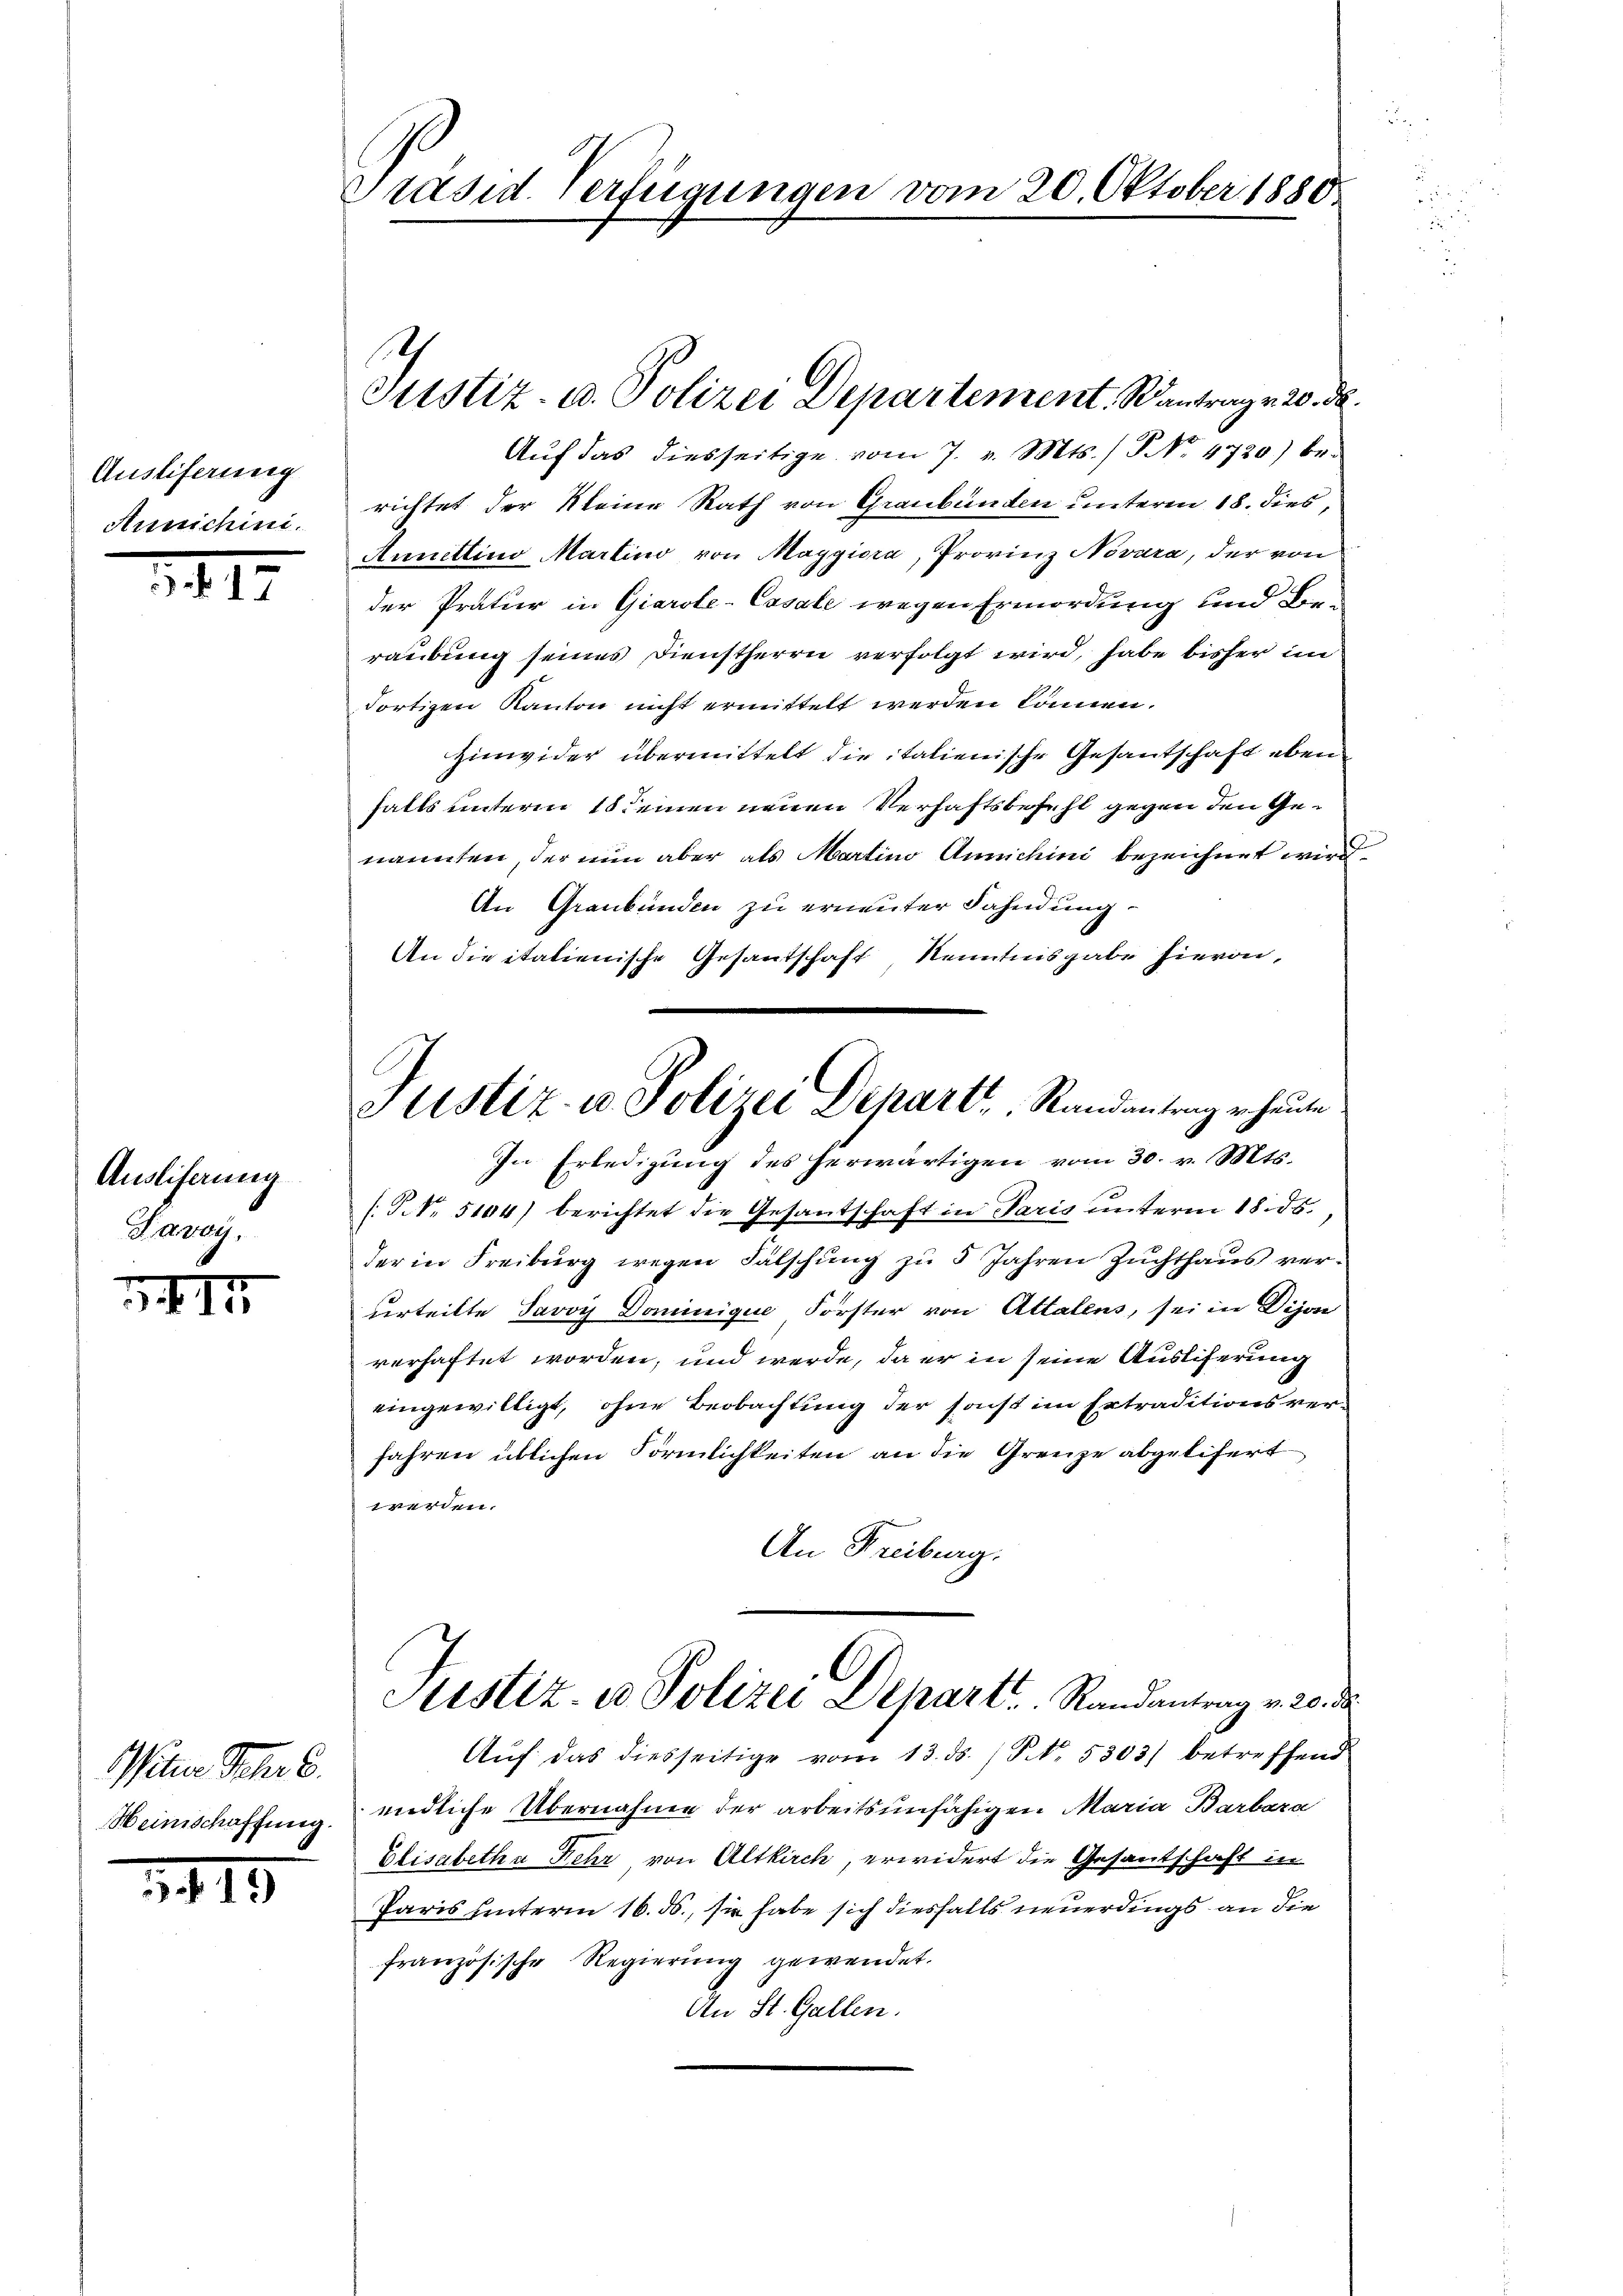
Ausliferung
Annichini.

§ 17

Ausliferung
Parag

XIII

itier Jahre
Heimschaffung.

3419

Präsid. Verfügungen vom 20. Oktober 1880

1

Justiz- u. Polizei Departement. Santrag v. 20. d.
Aŭf das diesseitige vom 7. v. Mts. / NNo. 4720) be-
richtet der Kleine Rath von Graubünden unteren 18. dies
Annettino Martino von Maggiora, Provinz Novara, der von
der Pratur in Giarole-Casale wegen Ermordung und Bieraubung seines Dienstherrn verfolgt wird, habe bisher im
dortigen Kanton nicht ermittelt werden können.
Hinwider übermittelt die italienische Gesantschaft eben
falls unterm 18 Deinen neuen Verhaftsbefehl gegen den Genannten, der nun aber als Martins Annichini bezeichnet wird.
An Graubünden zu erneuter Fahndung.
An die italienische Gesantschaft Kenntnisgabe hievon,
In Erledigung des herwärtigen vom 30. v. Mts.
(P.N. 5104) berichtet die Gesantschaft in Paris unterm 18. ds.
der in Freiburg wegen Falschung zu 5 Jahren Zuchthaus verurteilte Javoy Dominigue Forster von Attalens, sei in Dijon
verhaftet worden, und werde, da er in seine Auslieferung
eingewilligt, ohne Beobachtung der sonst im Ertraditionsver¬
Jahren üblichen Förmlichkeiten an die Grenze abgelifert
werden.
An Freiburg.
Sistiz- u Polizei Depart. Randantrag v. 20. ds.
Auf das diesseitige vom 13. ds. / NNo. 5303) betreffend
endliche Übernahme der arbeitsunfähigen Maria Barbara
Elisabetha Kehr von Altkirch, erwidert die Gesantschaft in
Paris hinterm 16. ds., sie habe sich diesfalls neuerdings an die
französische Regierung gewendet.
An St. Gallen.

Justiz- u. Polizei Depart, Randantrag er heute